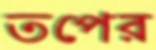
তপের